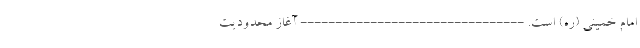
امام خمینی (ره) است. -------------------------------- آغاز محدودیت